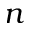
n